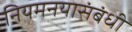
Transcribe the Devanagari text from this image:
नियमनयासंबंधी